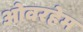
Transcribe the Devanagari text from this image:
ओवरहेम